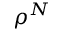
\rho ^ { N }